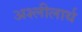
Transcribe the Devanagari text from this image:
अश्लीलार्थ